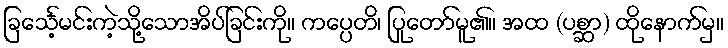
ခြင်္သေ့မင်းကဲ့သို့သောအိပ်ခြင်းကို။ ကပ္ပေတိ၊ ပြုတော်မူ၏။ အထ (ပစ္ဆာ) ထိုနောက်မှ။